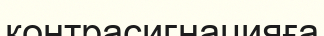
контрасигнацияға